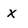
Character: X